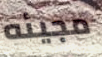
مجيئه